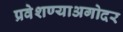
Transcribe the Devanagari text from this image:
प्रवेशण्याअगोदर